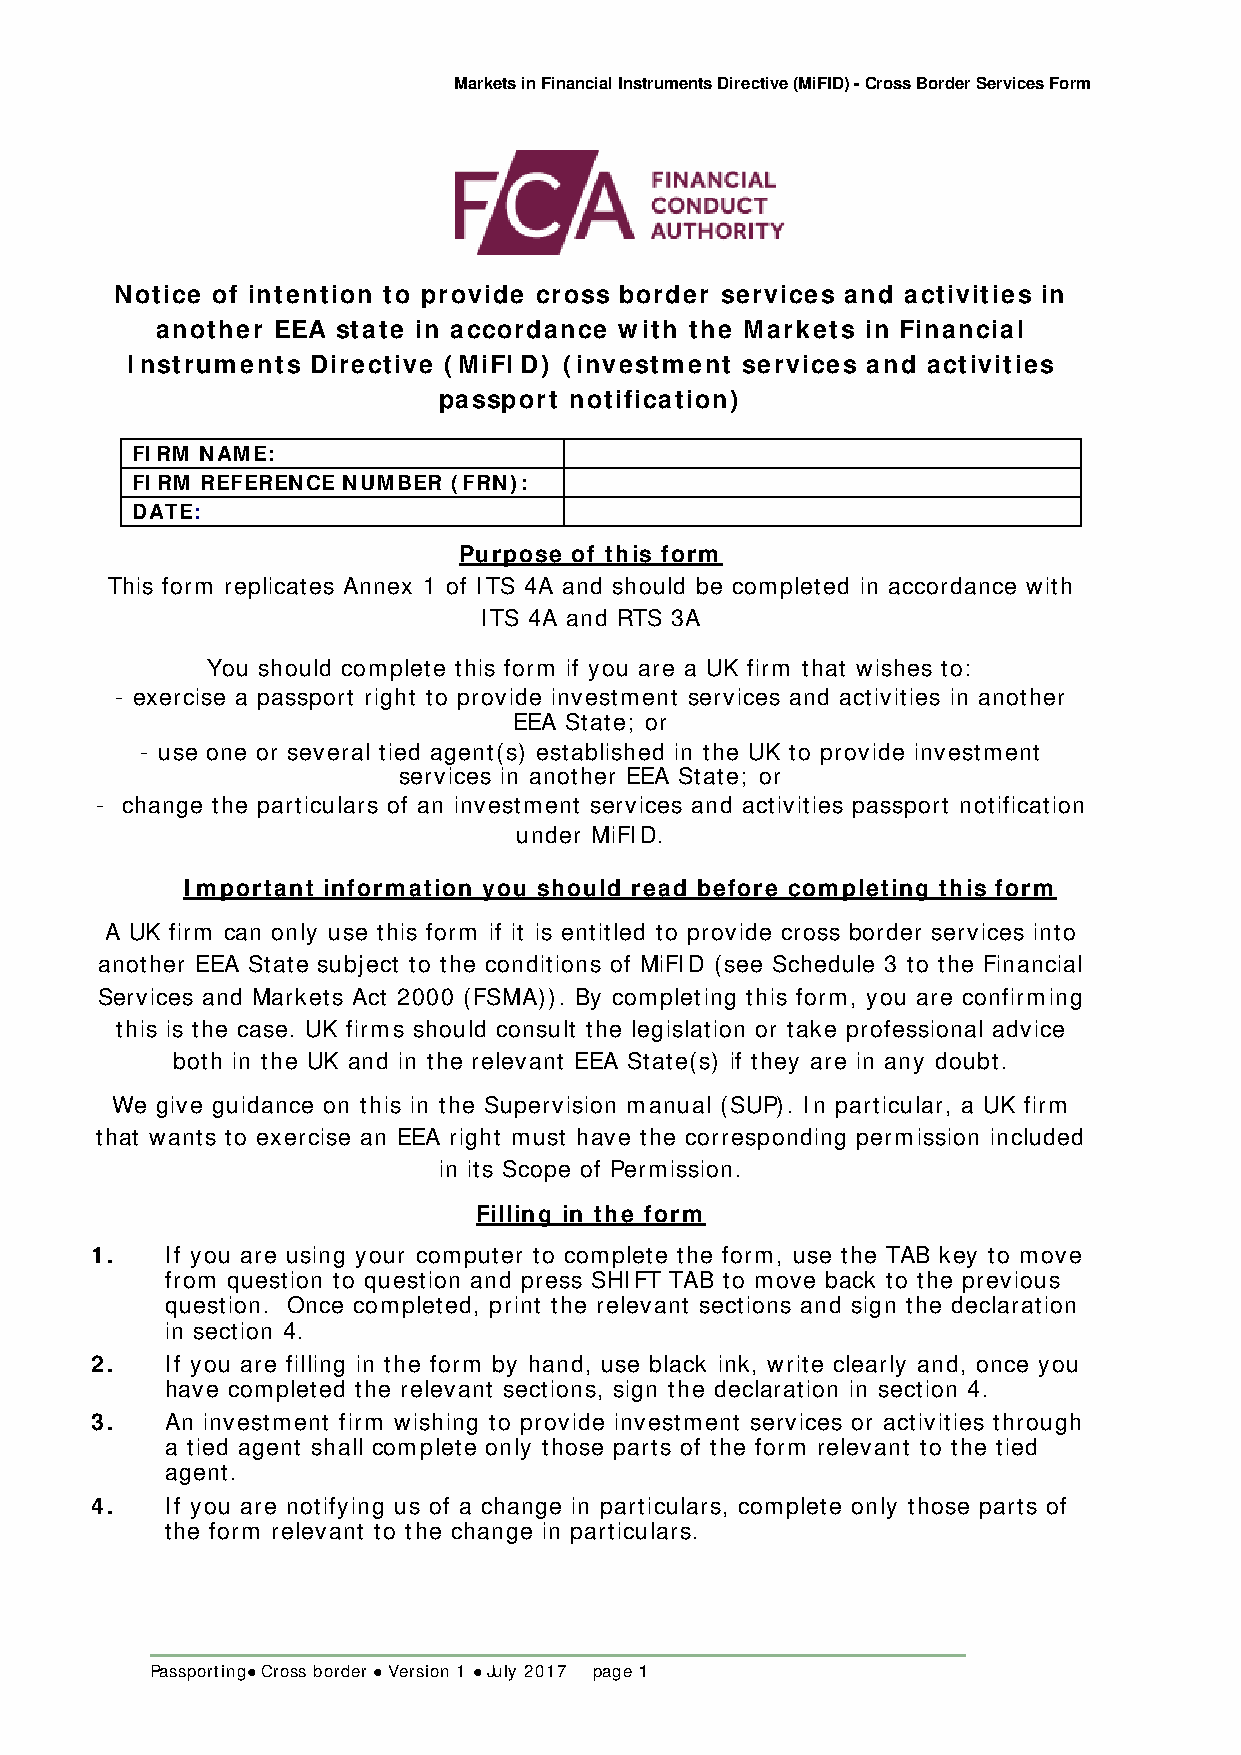
Markets in Financial Instruments Directive (MiFID) - Cross Border Services Form
 Notice of intention to provide cross border services and activities in
 another EEA state in accordance with the Markets in Financial
 I nstruments Directive (MiFI D) (investment services and activities
 passport notification)
 FIRM NAME:
 FIRM REFERENCE NUMBER (FRN):
 DATE:
 Purpose of this form
 This form replicates Annex 1 of ITS 4A and should be completed in accordance with
 ITS 4A and RTS 3A
 You should complete this form if you are a UK firm that wishes to:
 - exercise a passport right to provide investment services and activities in another
 EEA State; or
 - use one or several tied agent(s) established in the UK to provide investment
 services in another EEA State; or
 - change the particulars of an investment services and activities passport notification
 under MiFID.
 Important information you should read before completing this form
 A UK firm can only use this form if it is entitled to provide cross border services into
 another EEA State subject to the conditions of MiFID (see Schedule 3 to the Financial
 Services and Markets Act 2000 (FSMA)). By completing this form, you are confirming
 this is the case. UK firms should consult the legislation or take professional advice
 both in the UK and in the relevant EEA State(s) if they are in any doubt.
 We give guidance on this in the Supervision manual (SUP). In particular, a UK firm
 that wants to exercise an EEA right must have the corresponding permission included
 in its Scope of Permission.
 Filling in the form
 1.   If you are using your computer to complete the form, use the TAB key to move
 from question to question and press SHIFT TAB to move back to the previous
 question. Once completed, print the relevant sections and sign the declaration
 in section 4.
 2.   If you are filling in the form by hand, use black ink, write clearly and, once you
 have completed the relevant sections, sign the declaration in section 4.
 3.   An investment firm wishing to provide investment services or activities through
 a tied agent shall complete only those parts of the form relevant to the tied
 agent.
 4.   If you are notifying us of a change in particulars, complete only those parts of
 the form relevant to the change in particulars.
 Passporting Cross border  Version 1  July 2017 page 1